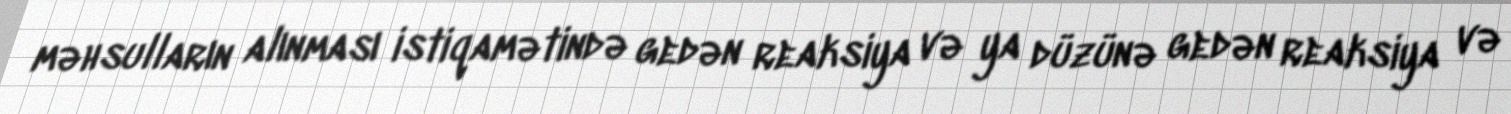
məhsulların alınması istiqamətində gedən reaksiya və ya düzünə gedən reaksiya və